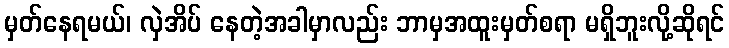
မှတ်နေရမယ်၊ လှဲအိပ် နေတဲ့အခါမှာလည်း ဘာမှအထူးမှတ်စရာ မရှိဘူးလို့ဆိုရင်